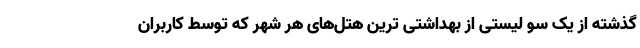
گذشته از یک سو لیستی از بهداشتی ترین هتل‌های هر شهر که توسط کاربران